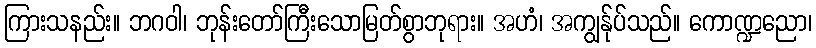
ကြားသနည်း။ ဘဂဝါ၊ ဘုန်းတော်ကြီးသောမြတ်စွာဘုရား။ အဟံ၊ အကျွန်ုပ်သည်။ ကောဏ္ဍညော၊